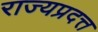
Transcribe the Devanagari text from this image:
राज्यप्रदत्त